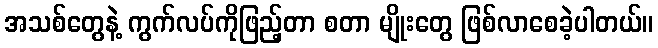
အသစ်တွေနဲ့ ကွက်လပ်ကိုဖြည့်တာ စတာ မျိုးတွေ ဖြစ်လာစေခဲ့ပါတယ်။